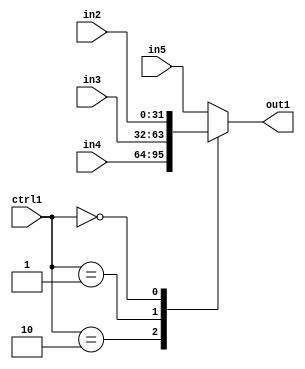
`timescale 1ps / 1ps
/*****************************************************************************
    Verilog RTL Description
    
    
    Created by: Stratus DpOpt 21.05.01 
*******************************************************************************/

module SobelFilter_N_Mux_32_4_112_1 (
	in5,
	in4,
	in3,
	in2,
	ctrl1,
	out1
	); /* architecture "behavioural" */ 
input [31:0] in5,
	in4,
	in3,
	in2;
input [1:0] ctrl1;
output [31:0] out1;
wire [31:0] asc001;

reg [31:0] asc001_tmp_0;
assign asc001 = asc001_tmp_0;
always @ (ctrl1 or in4 or in3 or in2 or in5) begin
	case (ctrl1)
		2'B10 : asc001_tmp_0 = in4 ;
		2'B01 : asc001_tmp_0 = in3 ;
		2'B00 : asc001_tmp_0 = in2 ;
		default : asc001_tmp_0 = in5 ;
	endcase
end

assign out1 = asc001;
endmodule

/* CADENCE  v7fzSw8= : u9/ySxbfrwZIxEzHVQQV8Q== ** DO NOT EDIT THIS LINE ******/